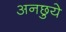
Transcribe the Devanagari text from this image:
अनछुये